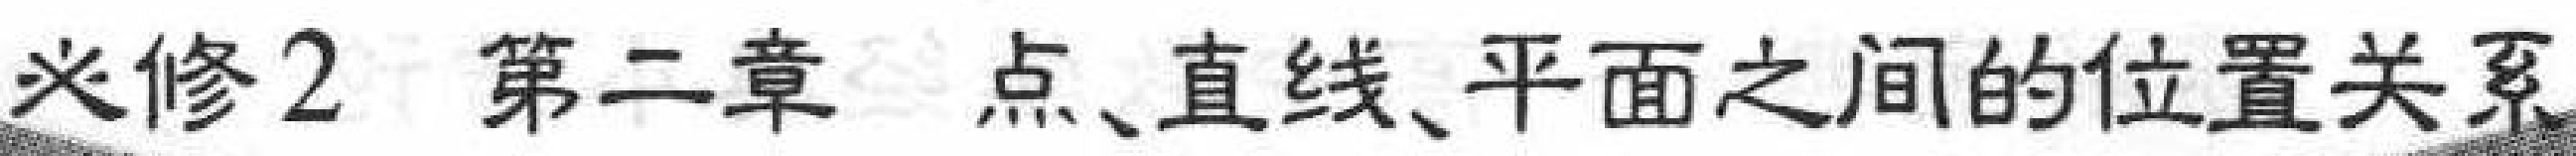
必修2 第二章 点、直线、平面之间的位置关系